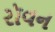
રૉવન